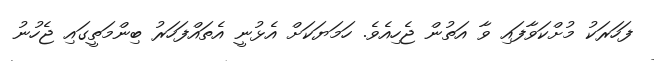
ފަހަރަކު މުށްކަވާފައި ވާ އަތުން ޖެހިއެވެ. ހަމަޔަކަށް އެޅުނީ އެތައްފަހަރު ބިންމަތީގައި ޖެހުނު